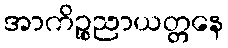
အာကိဉ္စညာယတ္တနေ